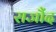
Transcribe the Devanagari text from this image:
राजौंद